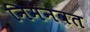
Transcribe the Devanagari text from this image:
निमनवत